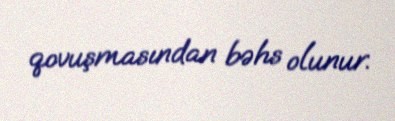
qovuşmasından bəhs olunur.